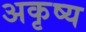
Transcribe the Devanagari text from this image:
अकृष्य